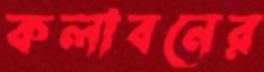
কলাবনের